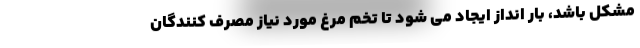
مشکل باشد، بار انداز ایجاد می شود تا تخم مرغ مورد نیاز مصرف کنندگان